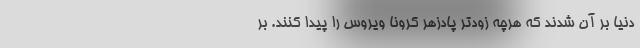
دنیا بر آن شدند که هرچه زودتر پادزهر کرونا ویروس را پیدا کنند. بر